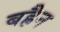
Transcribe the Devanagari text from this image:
बह्रैन